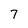
Character: 7